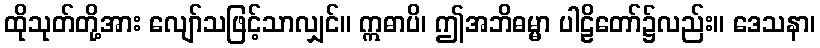
ထိုသုတ်တို့အား လျော်သဖြင့်သာလျှင်။ ဣဓာပိ၊ ဤအဘိဓမ္မာ ပါဠိတော်၌လည်း။ ဒေသနာ၊